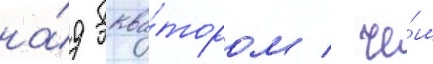
на́д эква́тором / че́м